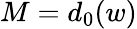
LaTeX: {M=d_{0}(w)}